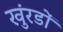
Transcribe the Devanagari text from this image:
खुंरडों